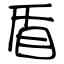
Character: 盾